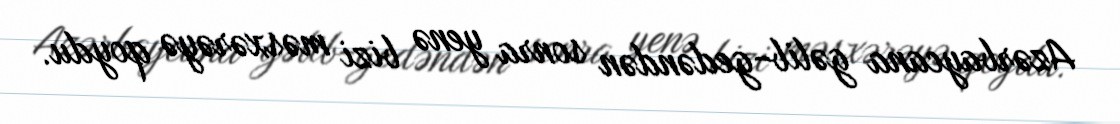
Azərbaycana gəlib-gedəndən sonra yenə bizi məsxərəyə qoydu.